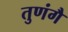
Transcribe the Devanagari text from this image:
तुणंगै